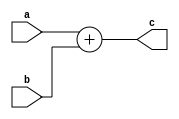
module adder_ten(a,b,c);
  input [9:0]a,b;
  output reg [10:0]c;
  always @(a,b)
    begin
      c <= a + b;
    end
endmodule